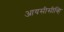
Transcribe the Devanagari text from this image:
आयसीसीव्हि